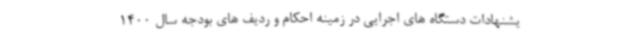
یشنهادات دستگاه های اجرایی در زمینه احکام و ردیف های بودجه سال 1400